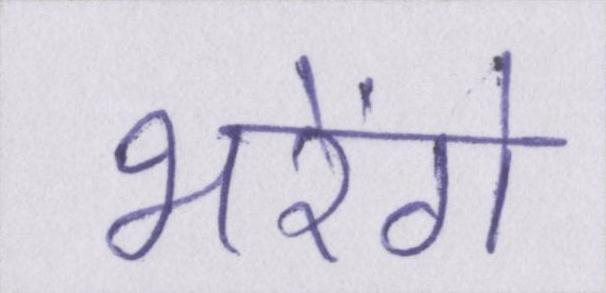
भरेंगे